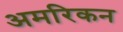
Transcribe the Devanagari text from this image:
अमरिकन